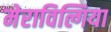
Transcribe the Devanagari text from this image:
मेराविल्गिया